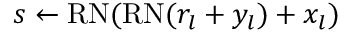
s \gets \mathrm { R N } ( \mathrm { R N } ( r _ { l } + y _ { l } ) + x _ { l } )